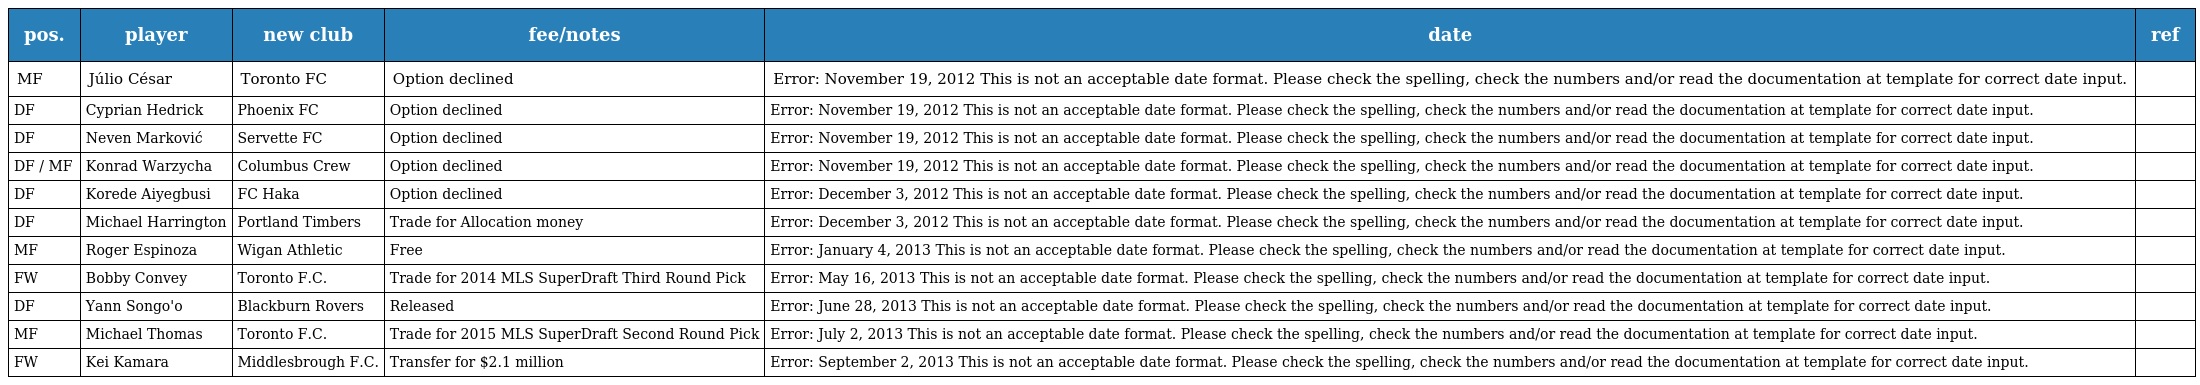
| pos. | player | new club | fee/notes | date | ref |
 | --- | --- | --- | --- | --- | --- |
 | MF | Júlio César | Toronto FC | Option declined | Error: November 19, 2012 This is not an acceptable date format. Please check the spelling, check the numbers and/or read the documentation at template for correct date input. |  |
 | DF | Cyprian Hedrick | Phoenix FC | Option declined | Error: November 19, 2012 This is not an acceptable date format. Please check the spelling, check the numbers and/or read the documentation at template for correct date input. |  |
 | DF | Neven Marković | Servette FC | Option declined | Error: November 19, 2012 This is not an acceptable date format. Please check the spelling, check the numbers and/or read the documentation at template for correct date input. |  |
 | DF / MF | Konrad Warzycha | Columbus Crew | Option declined | Error: November 19, 2012 This is not an acceptable date format. Please check the spelling, check the numbers and/or read the documentation at template for correct date input. |  |
 | DF | Korede Aiyegbusi | FC Haka | Option declined | Error: December 3, 2012 This is not an acceptable date format. Please check the spelling, check the numbers and/or read the documentation at template for correct date input. |  |
 | DF | Michael Harrington | Portland Timbers | Trade for Allocation money | Error: December 3, 2012 This is not an acceptable date format. Please check the spelling, check the numbers and/or read the documentation at template for correct date input. |  |
 | MF | Roger Espinoza | Wigan Athletic | Free | Error: January 4, 2013 This is not an acceptable date format. Please check the spelling, check the numbers and/or read the documentation at template for correct date input. |  |
 | FW | Bobby Convey | Toronto F.C. | Trade for 2014 MLS SuperDraft Third Round Pick | Error: May 16, 2013 This is not an acceptable date format. Please check the spelling, check the numbers and/or read the documentation at template for correct date input. |  |
 | DF | Yann Songo'o | Blackburn Rovers | Released | Error: June 28, 2013 This is not an acceptable date format. Please check the spelling, check the numbers and/or read the documentation at template for correct date input. |  |
 | MF | Michael Thomas | Toronto F.C. | Trade for 2015 MLS SuperDraft Second Round Pick | Error: July 2, 2013 This is not an acceptable date format. Please check the spelling, check the numbers and/or read the documentation at template for correct date input. |  |
 | FW | Kei Kamara | Middlesbrough F.C. | Transfer for $2.1 million | Error: September 2, 2013 This is not an acceptable date format. Please check the spelling, check the numbers and/or read the documentation at template for correct date input. |  |